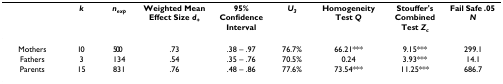
|  | k | nexp | Weighted MeanEffect Size d+ | 95% Confidence Interval | U3 | Homogeneity Test Q | Stouffer's Combined Test Zc | Fail Safe .05 N |
 | --- | --- | --- | --- | --- | --- | --- | --- | --- |
 | Mothers | 10 | 500 | .73 | .38 – .97 | 76.7% | 66.21*** | 9.15*** | 299.1 |
 | Fathers | 3 | 134 | .54 | .35 – .76 | 70.5% | 0.24 | 3.93*** | 14.1 |
 | Parents | 15 | 831 | .76 | .48 – .86 | 77.6% | 73.54*** | 11.25*** | 686.7 |